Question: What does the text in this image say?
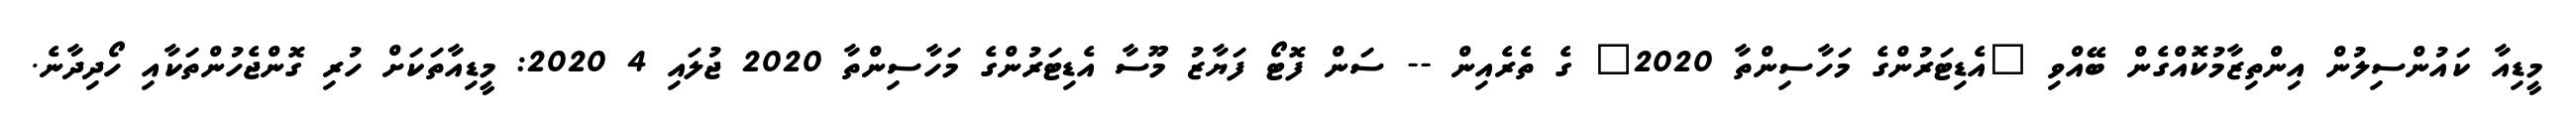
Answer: މީޑިއާ ކައުންސިލުން އިންތިޒާމުކޮއްގެން ބޭއްވި "އެޑިޓަރުންގެ މަހާސިންތާ 2020" ގެ ތެރެއިން -- ސަން ފޮޓޯ ފަޔާޒު މޫސާ އެޑިޓަރުންގެ މަހާސިންތާ 2020 ޖުލައި 4 2020: މީޑިއާތަކަށް ހުރި ގޮންޖެހުންތަކާއި ހޯދިދާނެ.